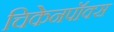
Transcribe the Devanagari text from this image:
चिकेनपॉक्स